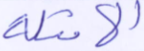
الأمثلة